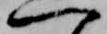
一